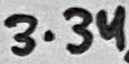
Text: 3.3u